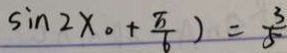
\sin 2 x 。 + \frac { \pi } { 6 } ) = \frac { 3 } { 5 }